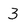
Character: 3